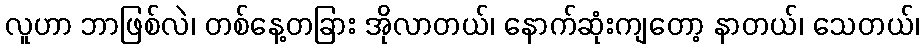
လူဟာ ဘာဖြစ်လဲ၊ တစ်နေ့တခြား အိုလာတယ်၊ နောက်ဆုံးကျတော့ နာတယ်၊ သေတယ်၊